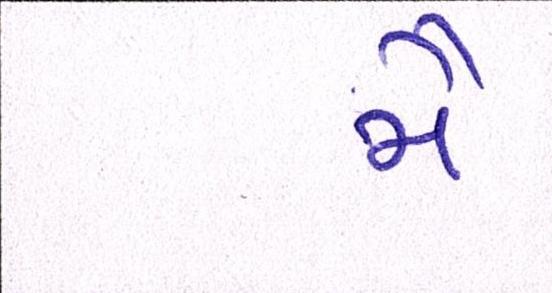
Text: મૈં